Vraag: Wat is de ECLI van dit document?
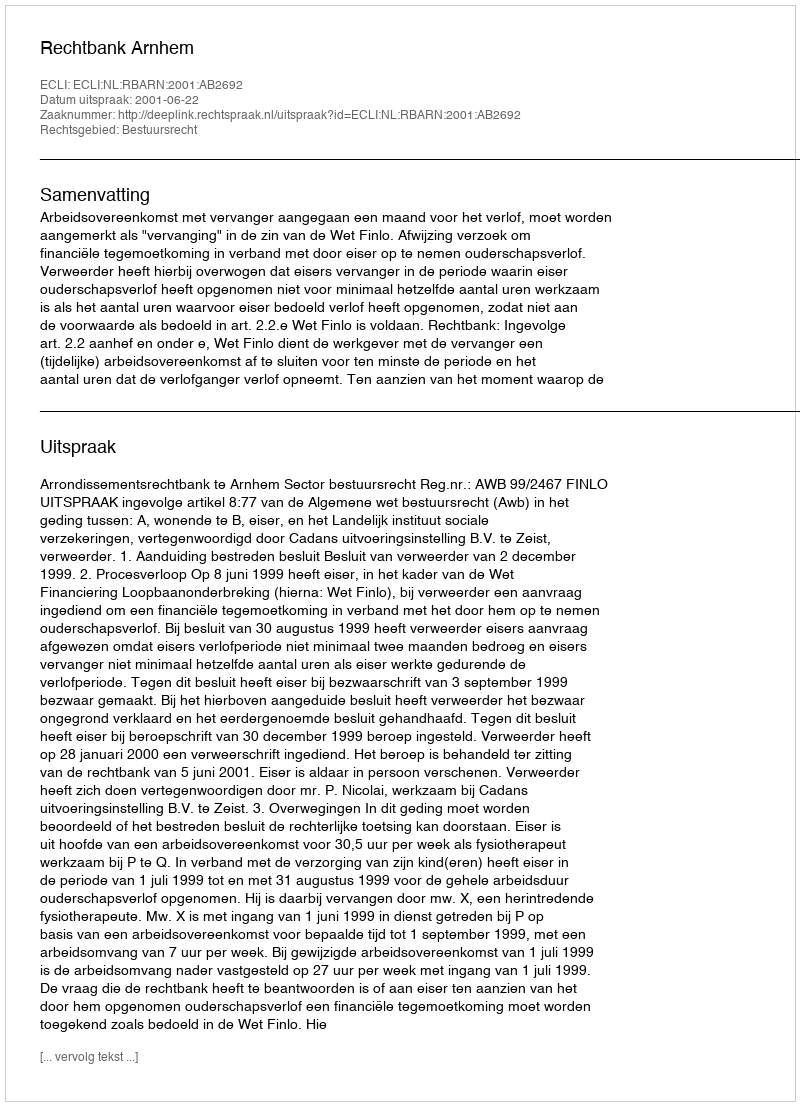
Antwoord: ECLI:NL:RBARN:2001:AB2692